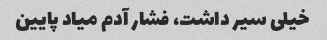
خیلی سیر داشت، فشار آدم میاد پایین